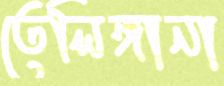
তেলিঙ্গানা